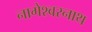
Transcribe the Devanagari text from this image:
नागेश्वरनाथ